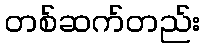
တစ်ဆက်တည်း